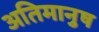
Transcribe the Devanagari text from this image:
अतिमानुष